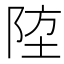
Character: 𨹛